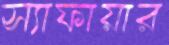
স্যাফায়ার